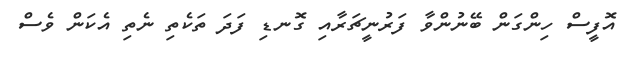
އޮފީސް ހިންގަން ބޭނުންވާ ފަރުނީޗަރާއި ގޮނޑި ފަދަ ތަކެތި ނެތި އެކަން ވެސް